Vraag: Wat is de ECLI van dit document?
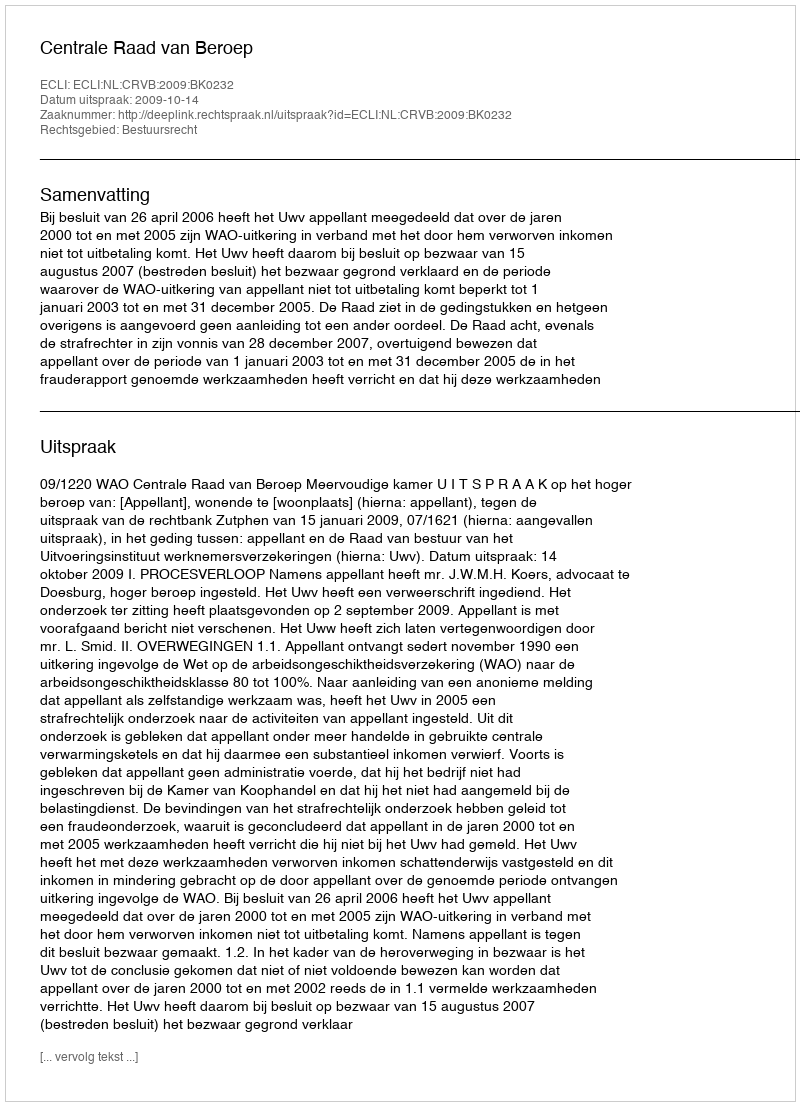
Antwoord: ECLI:NL:CRVB:2009:BK0232